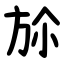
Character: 㫆